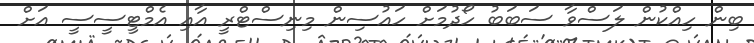
ބިން ހިއްކުން ލަސްވާ ސަބަބު ހޯދުމަށް ހައުސިން މިނިސްޓްރީ އާއި އެމްޓީސީސީ އަށް